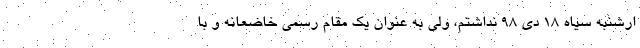
ارشنبه سیاه ۱۸ دی ۹۸ نداشتم، ولی به عنوان یک مقام رسمی خاضعانه و با